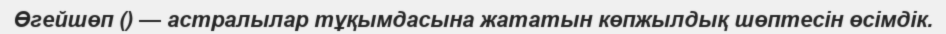
Өгейшөп () — астралылар тұқымдасына жататын көпжылдық шөптесін өсімдік.